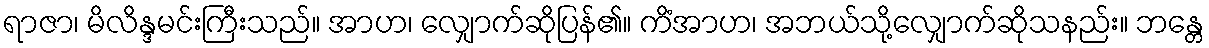
ရာဇာ၊ မိလိန္ဒမင်းကြီးသည်။ အာဟ၊ လျှောက်ဆိုပြန်၏။ ကိံအာဟ၊ အဘယ်သို့လျှောက်ဆိုသနည်း။ ဘန္တေ